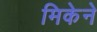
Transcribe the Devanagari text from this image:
मिकेने